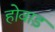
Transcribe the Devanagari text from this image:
होवाड़